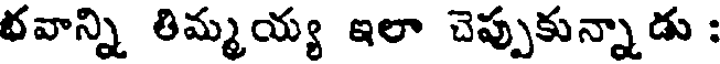
రవాన్ని తిమ్మయ్య ఇలా చెప్పుకున్నాడు :